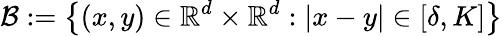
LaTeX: \mathcal{B}:=\left\{ (x,y)\in\mathbb{R}^{d}\times\mathbb{R}^{d}:|x-y|\in[\delta,K]\right\}